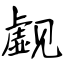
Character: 觑